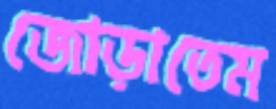
জোড়াতেম